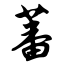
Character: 蕃